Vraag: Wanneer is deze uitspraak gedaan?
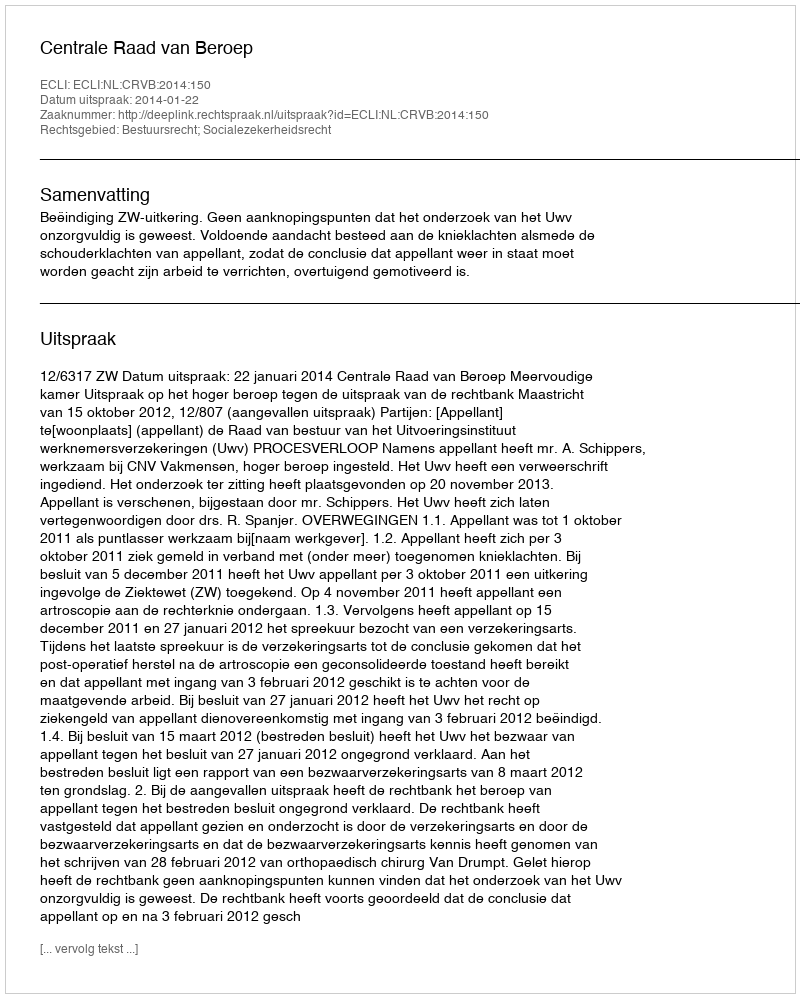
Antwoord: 2014-01-22